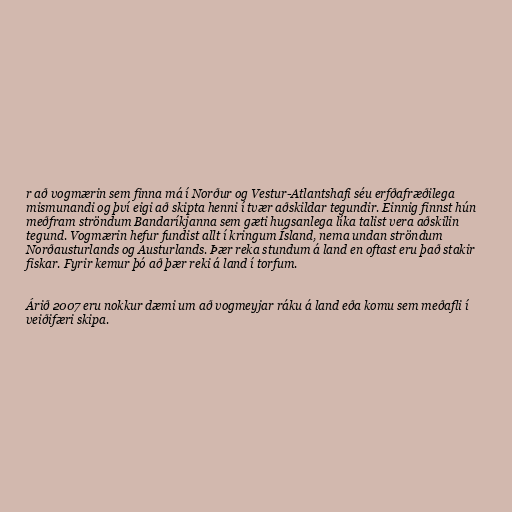
r að vogmærin sem finna má í Norður og Vestur-Atlantshafi séu erfðafræðilega
mismunandi og því eigi að skipta henni í tvær aðskildar tegundir. Einnig finnst hún
meðfram ströndum Bandaríkjanna sem gæti hugsanlega líka talist vera aðskilin
tegund. Vogmærin hefur fundist allt í kringum Ísland, nema undan ströndum
Norðausturlands og Austurlands. Þær reka stundum á land en oftast eru það stakir
fiskar. Fyrir kemur þó að þær reki á land í torfum.

Árið 2007 eru nokkur dæmi um að vogmeyjar ráku á land eða komu sem meðafli í
veiðifæri skipa.